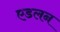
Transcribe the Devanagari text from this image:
एडलन